画像に写った文字を読んでください
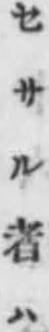
「セサル者ハ」と書いてあります